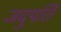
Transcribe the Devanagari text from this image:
जदुपति